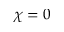
\chi = 0